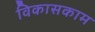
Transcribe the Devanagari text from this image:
विकासकाम